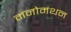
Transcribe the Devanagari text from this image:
मनोमंथन